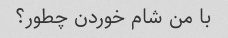
با من شام خوردن چطور؟